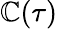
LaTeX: \mathbb{C}(\tau)